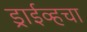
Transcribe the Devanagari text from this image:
ड्राईव्हचा